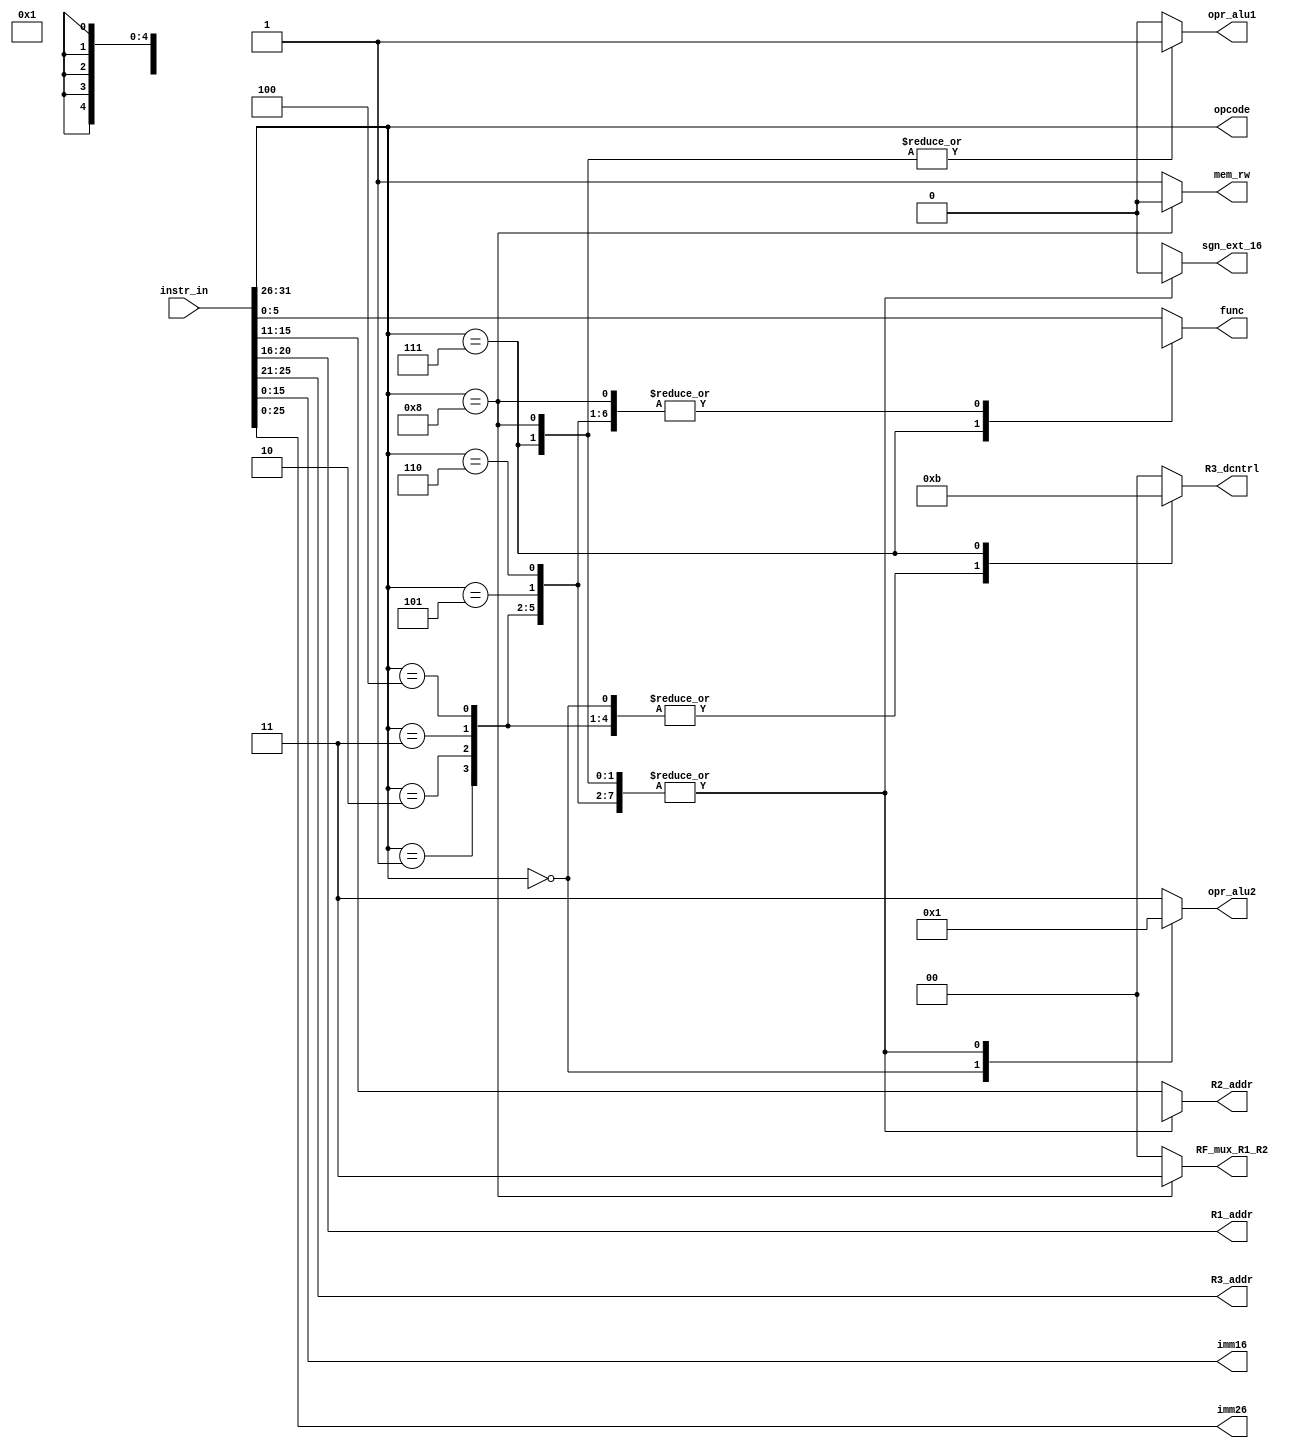
module instr_decoder(instr_in, R1_addr, R2_addr, R3_addr, func, sgn_ext_16, opr_alu1, opr_alu2, mem_rw, R3_dcntrl, RF_mux_R1_R2, imm16, imm26, opcode );

parameter R_type_instr = 6'b000000 ;
parameter I_add_type_instr = 6'b000001 ;
parameter I_sub_type_instr = 6'b000010 ;
parameter I_mul_type_instr = 6'b000011 ;
parameter I_nand_type_instr = 6'b000100 ;
parameter J_type_instr = 6'b000101 ;
parameter Beq_instr    = 6'b000110 ;
parameter Load_instr   = 6'b000111 ;
parameter Store_instr  = 6'b001000 ;



input [31:0] instr_in ;
output reg [4:0] R1_addr, R2_addr, R3_addr ;
output reg [5:0] func ;
output reg sgn_ext_16 ;
output reg opr_alu1 ;
output reg [1:0] opr_alu2 ;
output reg mem_rw ;
output reg [1:0] R3_dcntrl ;
output reg [1:0] RF_mux_R1_R2 ;
output [15:0] imm16 ;
output [25:0] imm26 ;
output [5:0] opcode;
assign opcode = instr_in[31:26] ;
assign imm16 = instr_in[15:0] ;
assign imm26 = instr_in[25:0] ;


//Rtype = <opcode:31:26> <R3:25:21> <R1:20:16> <R2:15:11> <Unused:10:6> <func:5:0>
//Itype = <opcode:31:26> <R1:25:21> <R2:20:16> <Imm:15:0>
//Jtype = <opcode:31:26> <Imm:25:0>

always @(*) begin 
RF_mux_R1_R2 = 2'b00 ; //R1 and R2
case (opcode)

R_type_instr : begin
	R1_addr = instr_in[20:16] ;
	R2_addr = instr_in[15:11];
	R3_addr = instr_in[25:21];
	func    = instr_in[5:0];
	sgn_ext_16 = 1'bx;
	opr_alu1 = 1'b0; //R1
	opr_alu2 = 2'b00; //R2
	mem_rw   = 1'b1; //read
	R3_dcntrl = 2'b10; //Write_enable:Alu_out

end

I_add_type_instr : begin
R1_addr = instr_in[20:16] ;
R2_addr = 5'bxxxxx;
R3_addr = instr_in[25:21];
func    = 6'bxxxxxx;
sgn_ext_16 = 1'b0;
opr_alu1 = 1'b0; //R1
opr_alu2 = 2'b01; //Imm16
mem_rw   = 1'b1; //read
R3_dcntrl = 2'b10; //Write_enable:Alu_out
end

I_sub_type_instr  : begin
R1_addr = instr_in[20:16] ;
R2_addr = 5'bxxxxx;
R3_addr = instr_in[25:21];
func    = 6'bxxxxxx;
sgn_ext_16 = 1'b0;
opr_alu1 = 1'b0; //R1
opr_alu2 = 2'b01; //Imm16
mem_rw   = 1'b1; //read
R3_dcntrl = 2'b10; //Write_enable:Alu_out
end
I_mul_type_instr  : begin
R1_addr = instr_in[20:16] ;
R2_addr = 5'bxxxxx;
R3_addr = instr_in[25:21];
func    = 6'bxxxxxx;
sgn_ext_16 = 1'b0;
opr_alu1 = 1'b0; //R1
opr_alu2 = 2'b01; //Imm16
mem_rw   = 1'b1; //read
R3_dcntrl = 2'b10; //Write_enable:Alu_out
end
I_nand_type_instr : begin
R1_addr = instr_in[20:16] ;
R2_addr = 5'bxxxxx;
R3_addr = instr_in[25:21];
func    = 6'bxxxxxx;
sgn_ext_16 = 1'b0;
opr_alu1 = 1'b0; //R1
opr_alu2 = 2'b01; //Imm16
mem_rw   = 1'b1; //read
R3_dcntrl = 2'b10; //Write_enable:Alu_out
end
J_type_instr : begin
R1_addr = instr_in[20:16] ;
R2_addr = 5'bxxxxx;
R3_addr = instr_in[25:21];
func    = 6'bxxxxxx;
sgn_ext_16 = 1'b0;
opr_alu1 = 1'b0; //R1
opr_alu2 = 2'b01; //Imm16
mem_rw   = 1'b1; //read
R3_dcntrl = 2'b00; //Alu_out
end

Beq_instr : begin
R1_addr = instr_in[20:16] ;
R2_addr = 5'bxxxxx;
R3_addr = instr_in[25:21];
func    = 6'bxxxxxx;
sgn_ext_16 = 1'b0;
opr_alu1 = 1'b0; //R1
opr_alu2 = 2'b01; //Imm16
mem_rw   = 1'b1; //read
R3_dcntrl = 2'b00; //Alu_out
end

Load_instr : begin
R1_addr = instr_in[20:16] ;
R2_addr = 5'bxxxxx;
R3_addr = instr_in[25:21];
func    = 6'b000001; //addition
sgn_ext_16 = 1'b0;
opr_alu1 = 1'b1; //R2
opr_alu2 = 2'b01; //Imm16
mem_rw   = 1'b1; //read
R3_dcntrl = 2'b11; //Mem_out
end

Store_instr : begin
R1_addr = instr_in[20:16] ;
R2_addr = 5'bxxxxx;
R3_addr = instr_in[25:21];
func    = 6'bxxxxxx;
sgn_ext_16 = 1'b0;
opr_alu1 = 1'b1; //R2
opr_alu2 = 2'b01; //Imm16
mem_rw   = 1'b0; //write
R3_dcntrl = 2'b00; //Write_enable:Alu_out
RF_mux_R1_R2 = 2'b11 ; //R3 and R1
end

default: begin
	R1_addr = instr_in[20:16] ;
	R2_addr = instr_in[15:11];
	R3_addr = instr_in[25:21];
	func    = instr_in[5:0];
	sgn_ext_16 = 1'bx;
	opr_alu1 = 1'b0; //R1
	opr_alu2 = 2'b11; //R2
	mem_rw   = 1'b1; //read
	R3_dcntrl = 2'b00; //Write_enable:Alu_out

end


endcase
end

endmodule